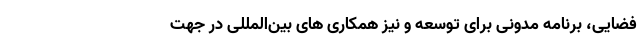
فضایی، برنامه مدونی برای توسعه و نیز همکاری های بین‌المللی در جهت